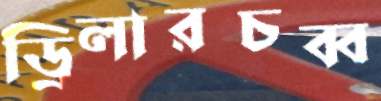
ড্রিলারচব্ব